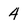
Character: 4